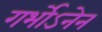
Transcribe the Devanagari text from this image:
गर्भोऽनेन